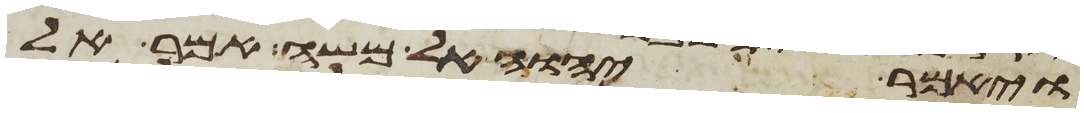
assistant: ויאמר יהוה אל משה אמר אל